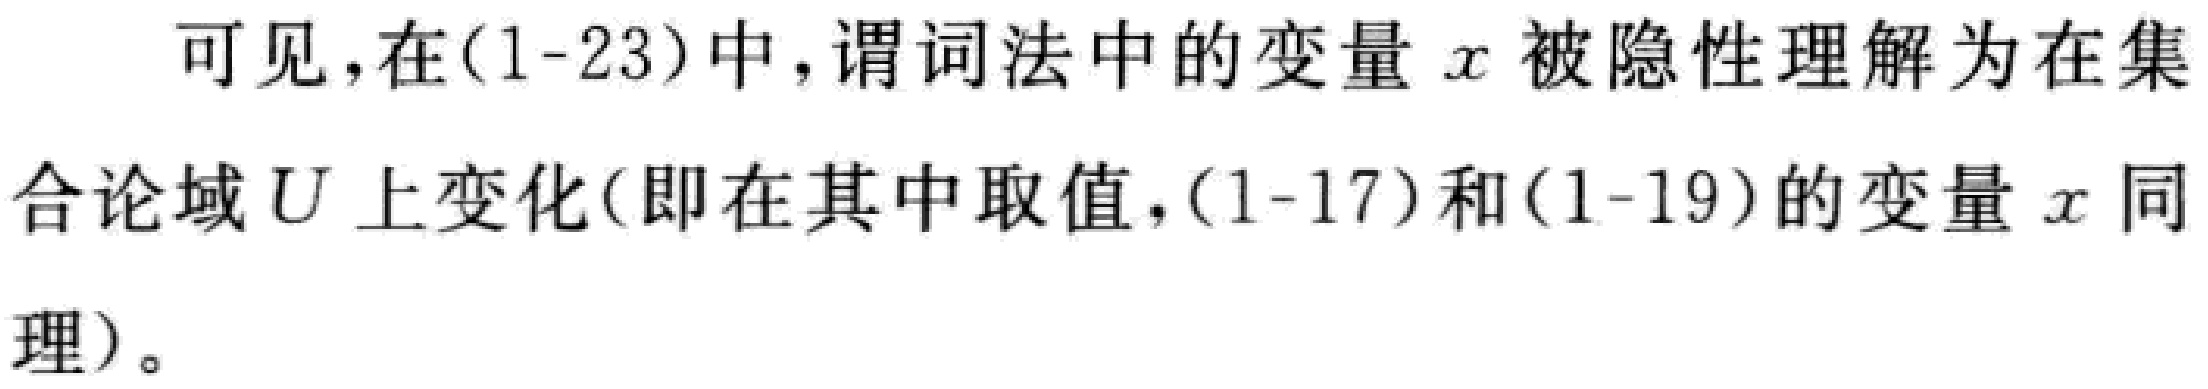
可见，在(1-23)中，谓词法中的变量 \(x\) 被隐性理解为在集合论域 \(U\) 上变化(即在其中取值，(1-17)和(1-19)的变量 \(x\) 同理)。